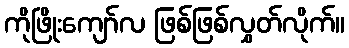
ကိုဖြိုးကျော်လ ဖြစ်ဖြစ်လွှတ်လိုက်။